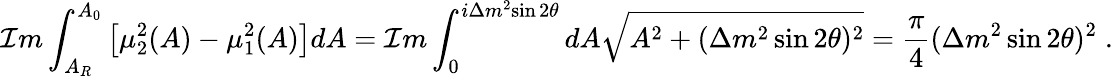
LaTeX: {\cal I}m\int_{A_{R}}^{A_{0}}\left[{\mu_{2}^{2}(A)}-{\mu_{1}^{2}(A)}\right]dA={\cal I}m\int_{0}^{i{\Delta{m}^{2}}{\sin 2\theta}}dA\sqrt{{A}^{2}+({\Delta{m}^{2}\sin 2\theta})^{2}}=\frac{\pi}{4}({\Delta{m}^{2}\sin 2\theta})^{2}\; .